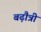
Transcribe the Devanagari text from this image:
बढ़ौत्री